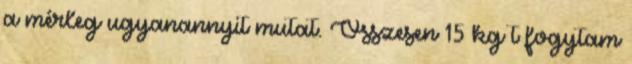
a mérleg ugyanannyit mutat. Összesen 15 kg t fogytam